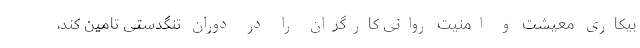
بیکاری معیشت و امنیت روانی کارگران را در دوران تنگدستی تامین کند،